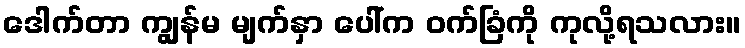
ဒေါက်တာ ကျွန်မ မျက်နှာ ပေါ်က ဝက်ခြံကို ကုလို့ရသလား။